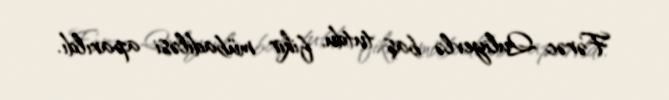
Fərəc Quliyevlə baş tutdu, fikir mübadiləsi aparıldı.